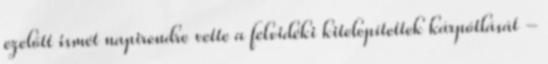
ezelőtt ismét napirendre vette a felvidéki kitelepítettek kárpótlását -